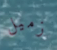
زميل